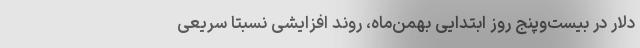
دلار در بیست‌وپنج روز ابتدایی بهمن‌ماه‌، روند افزایشی نسبتا سریعی